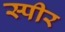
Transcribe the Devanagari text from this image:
स्पीर